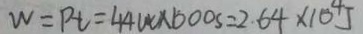
W = P t = 4 4 w \times 6 0 0 s = 2 . 6 4 \times 1 0 ^ { 4 } J